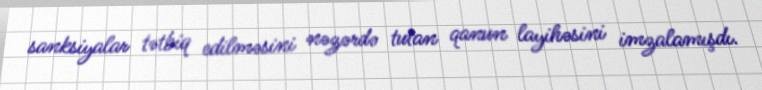
sanksiyalar tətbiq edilməsini nəzərdə tutan qanun layihəsini imzalamışdı.